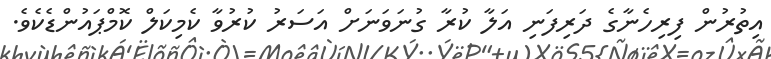
އިތުރުން ފިރިހެނާގެ ދަރިފަނި އަލާ ކުރާ ގުނަވަނަށް އަސަރު ކުރުވާ ކެމިކަލް ކޮމްޕައުންޑެކެވެ.